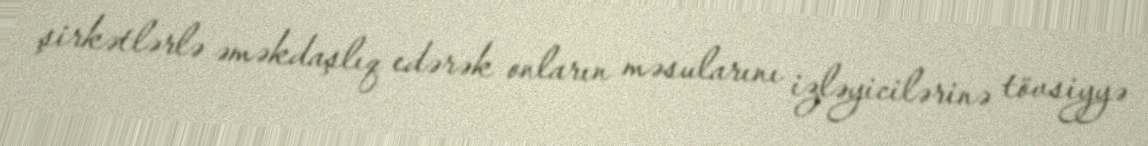
şirkətlərlə əməkdaşlıq edərək onların məsularını izləyicilərinə tövsiyyə